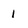
Character: 1